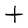
Character: t